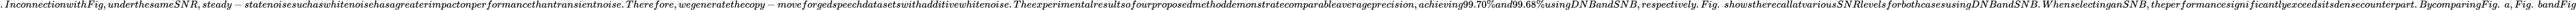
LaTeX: .InconnectionwithFig,underthesameSNR,steady-statenoisesuchaswhitenoisehasagreaterimpactonperformancethantransientnoise.Therefore,wegeneratethecopy-moveforgedspeechdatasetswithadditivewhitenoise.Theexperimentalresultsofourproposedmethoddemonstratecomparableaverageprecision,achieving99.70\% and99.68\% usingDNBandSNB,respectively.Fig.~showstherecallatvariousSNRlevelsforbothcasesusingDNBandSNB.WhenselectinganSNB,theperformancesignificantlyexceedsitsdensecounterpart.BycomparingFig.~a,Fig.~bandFig